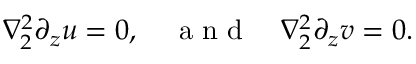
\nabla _ { 2 } ^ { 2 } \partial _ { z } u = 0 , \quad \textrm { a n d } \quad \nabla _ { 2 } ^ { 2 } \partial _ { z } v = 0 .